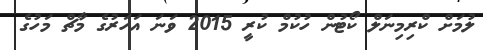
ލުމަށް ކްރިމިނަލް ކޯޓުން ހުކުމް ކުރީ 2015 ވަނަ އަހަރުގެ މާޗް މަހުގެ